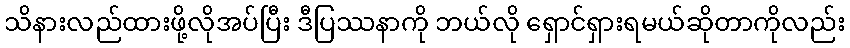
သိနားလည်ထားဖို့လိုအပ်ပြီး ဒီပြဿနာကို ဘယ်လို ရှောင်ရှားရမယ်ဆိုတာကိုလည်း